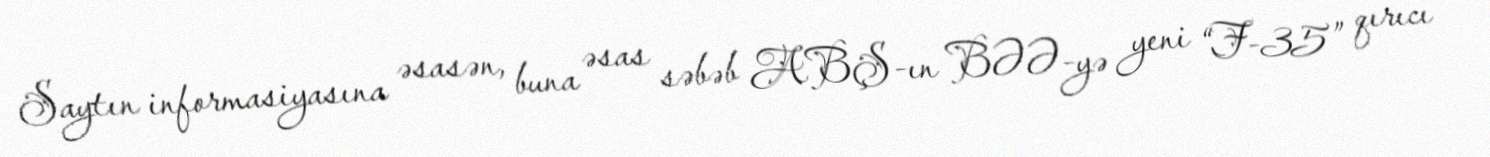
Saytın informasiyasına əsasən, buna əsas səbəb ABŞ-ın BƏƏ-yə yeni “F-35” qırıcı